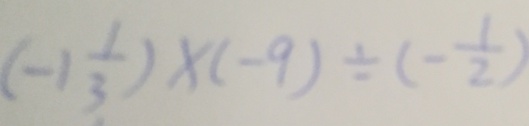
( - 1 \frac { 1 } { 3 } ) \times ( - 9 ) \div ( - \frac { 1 } { 2 } )